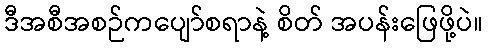
ဒီအစီအစဉ်ကပျော်စရာနဲ့ စိတ် အပန်းဖြေဖို့ပဲ။